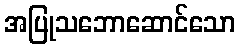
အပြုသဘောဆောင်သော